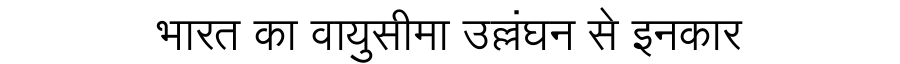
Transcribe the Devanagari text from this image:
भारत का वायुसीमा उल्लंघन से इनकार